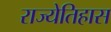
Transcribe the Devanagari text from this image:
राज्येतिहास